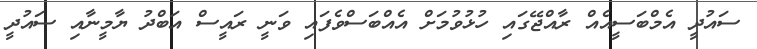
ސައުދީ އެމްބަސީއެއް ރާއްޖޭގައި ހުޅުވުމަށް އެއްބަސްވެފައި ވަނީ ރައީސް އަބްދު ޔާމީނާއި ސައުދީ